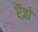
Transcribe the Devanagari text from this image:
ऍज़ो